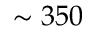
\sim 3 5 0